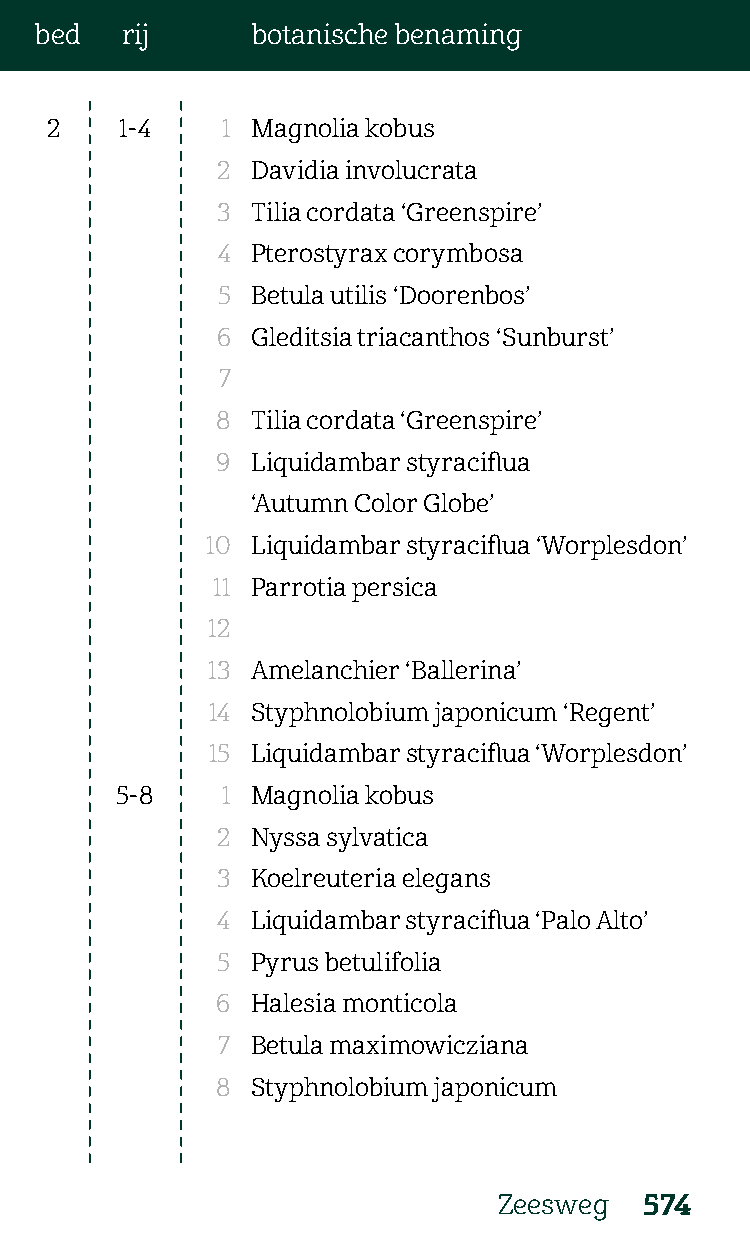
bed   rij      botanische benaming
 2    1-4    1 Magnolia kobus
 2  Davidia involucrata
 3  Tilia cordata ‘Greenspire’
 4  Pterostyrax corymbosa
 5  Betula utilis ‘Doorenbos’
 6  Gleditsia triacanthos ‘Sunburst’
 7
 8  Tilia cordata ‘Greenspire’
 9  Liquidambar styraciflua
 ‘Autumn Color Globe’
 10 Liquidambar styraciflua ‘Worplesdon’
 11 Parrotia persica
 12
 13 Amelanchier ‘Ballerina’
 14 Styphnolobium japonicum ‘Regent’
 15 Liquidambar styraciflua ‘Worplesdon’
 5-8    1 Magnolia kobus
 2  Nyssa sylvatica
 3  Koelreuteria elegans
 4  Liquidambar styraciflua ‘Palo Alto’
 5  Pyrus betulifolia
 6  Halesia monticola
 7  Betula maximowicziana
 8  Styphnolobium japonicum
 Zeesweg   574